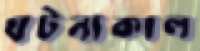
ঘটনাকাল